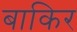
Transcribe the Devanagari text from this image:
बाकिर